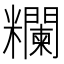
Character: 𥽭